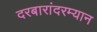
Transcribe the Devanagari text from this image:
दरबारांदरम्यान